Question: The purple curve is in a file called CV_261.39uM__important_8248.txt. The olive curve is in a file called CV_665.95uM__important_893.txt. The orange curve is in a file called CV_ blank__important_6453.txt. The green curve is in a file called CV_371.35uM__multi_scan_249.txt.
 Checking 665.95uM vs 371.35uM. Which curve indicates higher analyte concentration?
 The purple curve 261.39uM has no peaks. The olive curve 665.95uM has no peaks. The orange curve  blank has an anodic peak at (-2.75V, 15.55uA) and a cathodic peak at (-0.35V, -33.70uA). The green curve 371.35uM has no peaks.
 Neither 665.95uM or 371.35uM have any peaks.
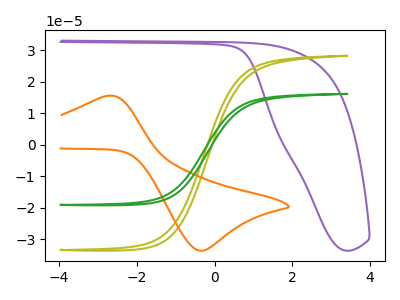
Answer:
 <answer>I cant tell if "665.95uM" or "371.35uM" has higher concentration.</answer>
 <eval>mixed_concentration</eval>